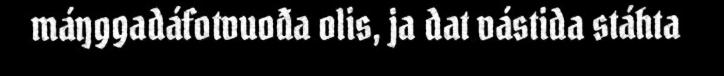
máŋggadáfotvuođa olis, ja dat vástida stáhta